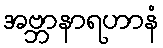
အဗ္ဘာနာရဟာနံ